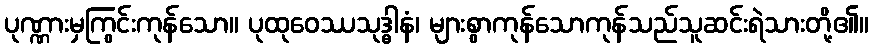
ပုဏ္ဏားမှကြွင်းကုန်သော။ ပုထုဝေဿသုဒ္ဓါနံ၊ များစွာကုန်သောကုန်သည်သူဆင်းရဲသားတို့၏။